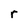
Character: r